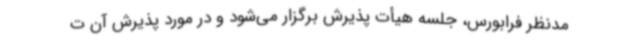
مدنظر فرابورس، جلسه هیأت پذیرش برگزار می‌شود و در مورد پذیرش آن ت